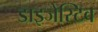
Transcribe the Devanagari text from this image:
डाइजेस्टिव